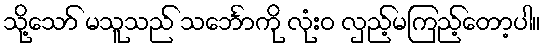
သို့သော် မသူသည် သင်္ဘောကို လုံးဝ လှည့်မကြည့်တော့ပါ။